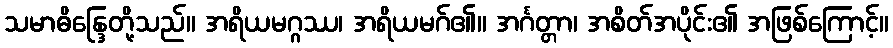
သမာဓိန္ဒြေတို့သည်။ အရိယမဂ္ဂဿ၊ အရိယမဂ်၏။ အင်္ဂတ္တာ၊ အစိတ်အပိုင်း၏ အဖြစ်ကြောင့်။